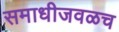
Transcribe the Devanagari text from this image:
समाधीजवळच